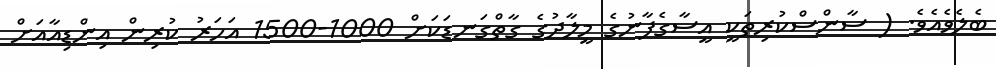
ބެލެވެއެވެ. ( ސާންސްކުރިތަކީ އީސާގެފާނުގެ މީލާދުގެ ގާތްގަނޑަކަށް 1000-1500 އަހަރު ކުރިން އިންޑިއާއަށް